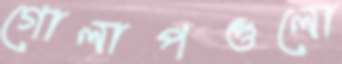
গোলাপগুলো